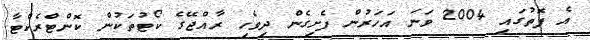
އެ ފޮތުގައި 2004 ވަނަ އަހަރުން ފެށިގެން ދިވެހި ރާއްޖޭގެ ކޯޓުތަކުން ކޮންޓްރެކްޓާ